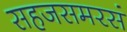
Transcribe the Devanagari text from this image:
सहजसमरसं